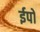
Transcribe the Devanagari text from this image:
ईपो